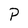
Character: P